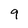
Character: 9